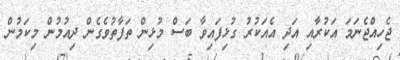
ޖެހިއްޖެނަމަ އަކުރާއި އަދި އެއަކުރު ގުޅިފައިވާ ބަސް މުޅިން ތަފާތުވެގެން ދިއުމުން މިކަމުން